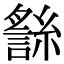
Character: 𧪬